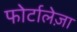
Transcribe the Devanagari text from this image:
फोर्टालेज़ा